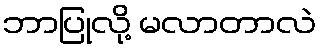
ဘာပြုလို့ မလာတာလဲ